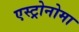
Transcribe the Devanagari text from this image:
एस्ट्रोनोमा